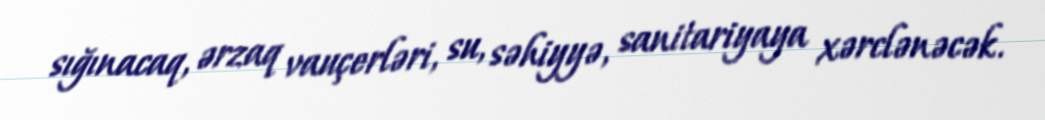
sığınacaq, ərzaq vauçerləri, su, səhiyyə, sanitariyaya xərclənəcək.